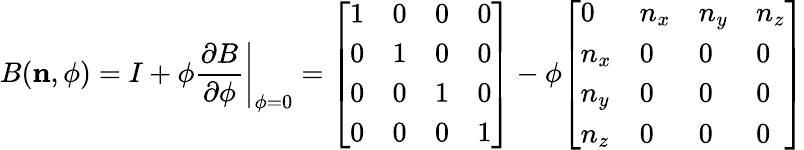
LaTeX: B(\mathbf{n},\phi)=I+\phi\left.{\frac{\partial B}{\partial\phi}}\right|_{\phi=0}={\left[\begin{array}{llll}{1}&{0}&{0}&{0}\\ {0}&{1}&{0}&{0}\\ {0}&{0}&{1}&{0}\\ {0}&{0}&{0}&{1}\end{array}\right]}-\phi{\left[\begin{array}{llll}{0}&{n_{x}}&{n_{y}}&{n_{z}}\\ {n_{x}}&{0}&{0}&{0}\\ {n_{y}}&{0}&{0}&{0}\\ {n_{z}}&{0}&{0}&{0}\end{array}\right]}